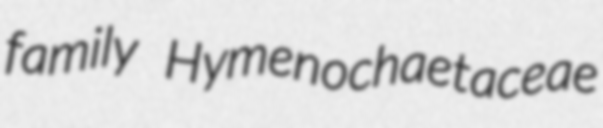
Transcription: family Hymenochaetaceae